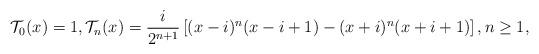
LaTeX: \begin{align*}\mathcal{T}_{0}(x)=1, \mathcal{T}_n(x)=\dfrac{i}{2^{n+1}}\left[(x-i)^n(x-i+1)-(x+i)^n(x+i+1) \right], n\geq 1,\end{align*}